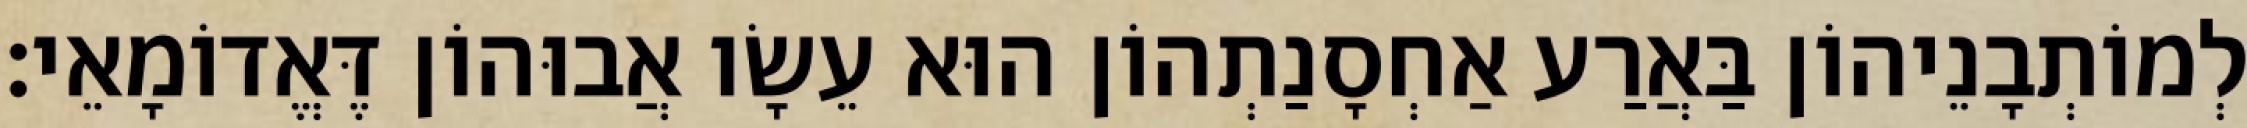
לְמוֹתְבָנֵיהוֹן בַּאֲרַע אַחְסָנַתְהוֹן הוּא עֵשָׂו אֲבוּהוֹן דֶּאֱדוֹמָאֵי׃